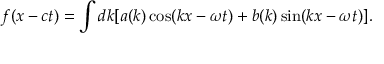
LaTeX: f ( x - c t ) = \int d k [ a ( k ) \cos ( k x - \omega t ) + b ( k ) \sin ( k x - \omega t ) ] .